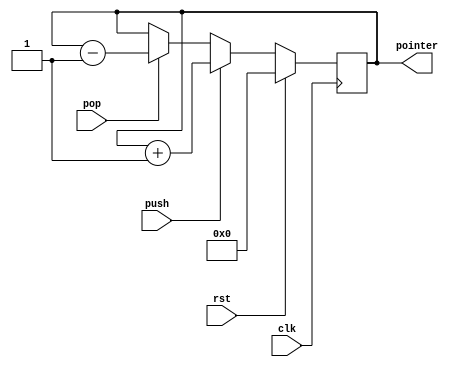
module stack_pointer(
    input clk,
    input rst,
    input push,
    input pop,
    output reg [7:0] pointer
    );
always@(posedge clk)
	 begin
		
		if(rst)
		begin
			pointer <= 8'd0;
		end
		
		else if(push)
		begin
			pointer <= pointer + 8'd1;
		end
		
		else if(pop)
		begin
			pointer <= pointer - 8'd1;
		end
		
		else
		begin
			pointer <= pointer;
		end
		
	 end

endmodule